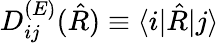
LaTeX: D_{ij}^{(E)}(\hat{R})\equiv\langle i|\hat{R}|j\rangle